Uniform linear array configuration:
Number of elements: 16
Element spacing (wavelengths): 1
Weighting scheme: hamming
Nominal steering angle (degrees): -60
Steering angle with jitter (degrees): -61.222
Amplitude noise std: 0.05
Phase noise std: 0.05

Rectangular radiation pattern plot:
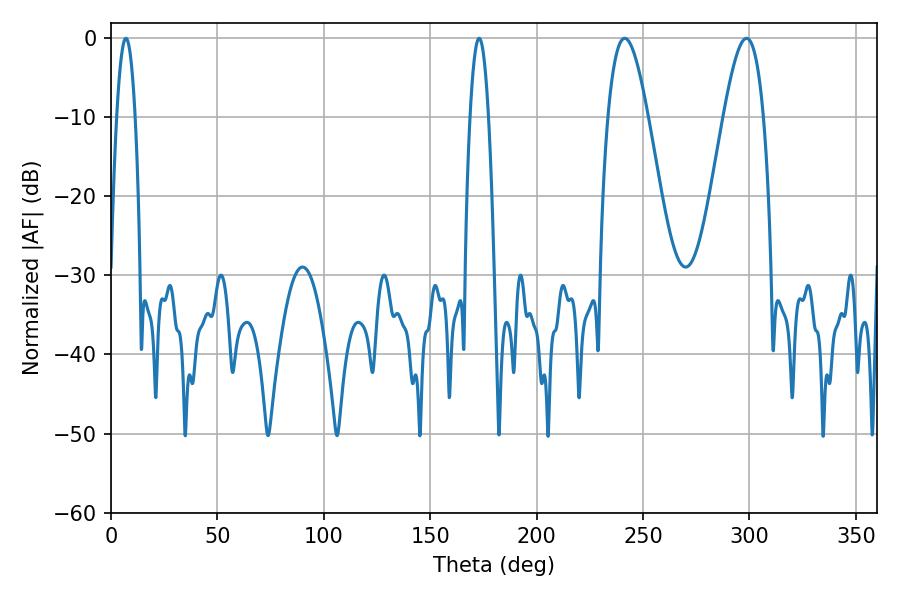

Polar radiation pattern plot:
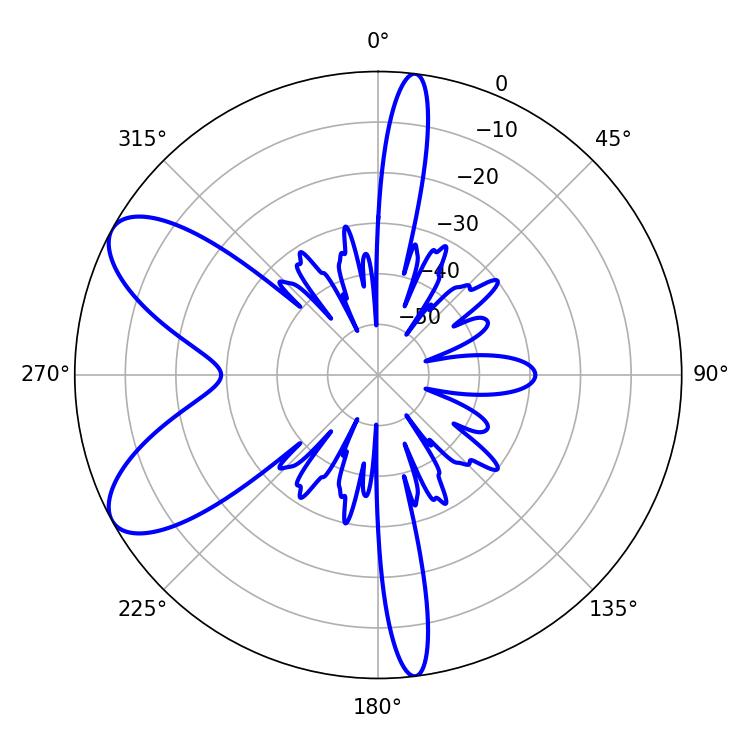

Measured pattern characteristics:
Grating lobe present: TRUE
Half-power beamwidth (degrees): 10.26
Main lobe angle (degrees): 298.62